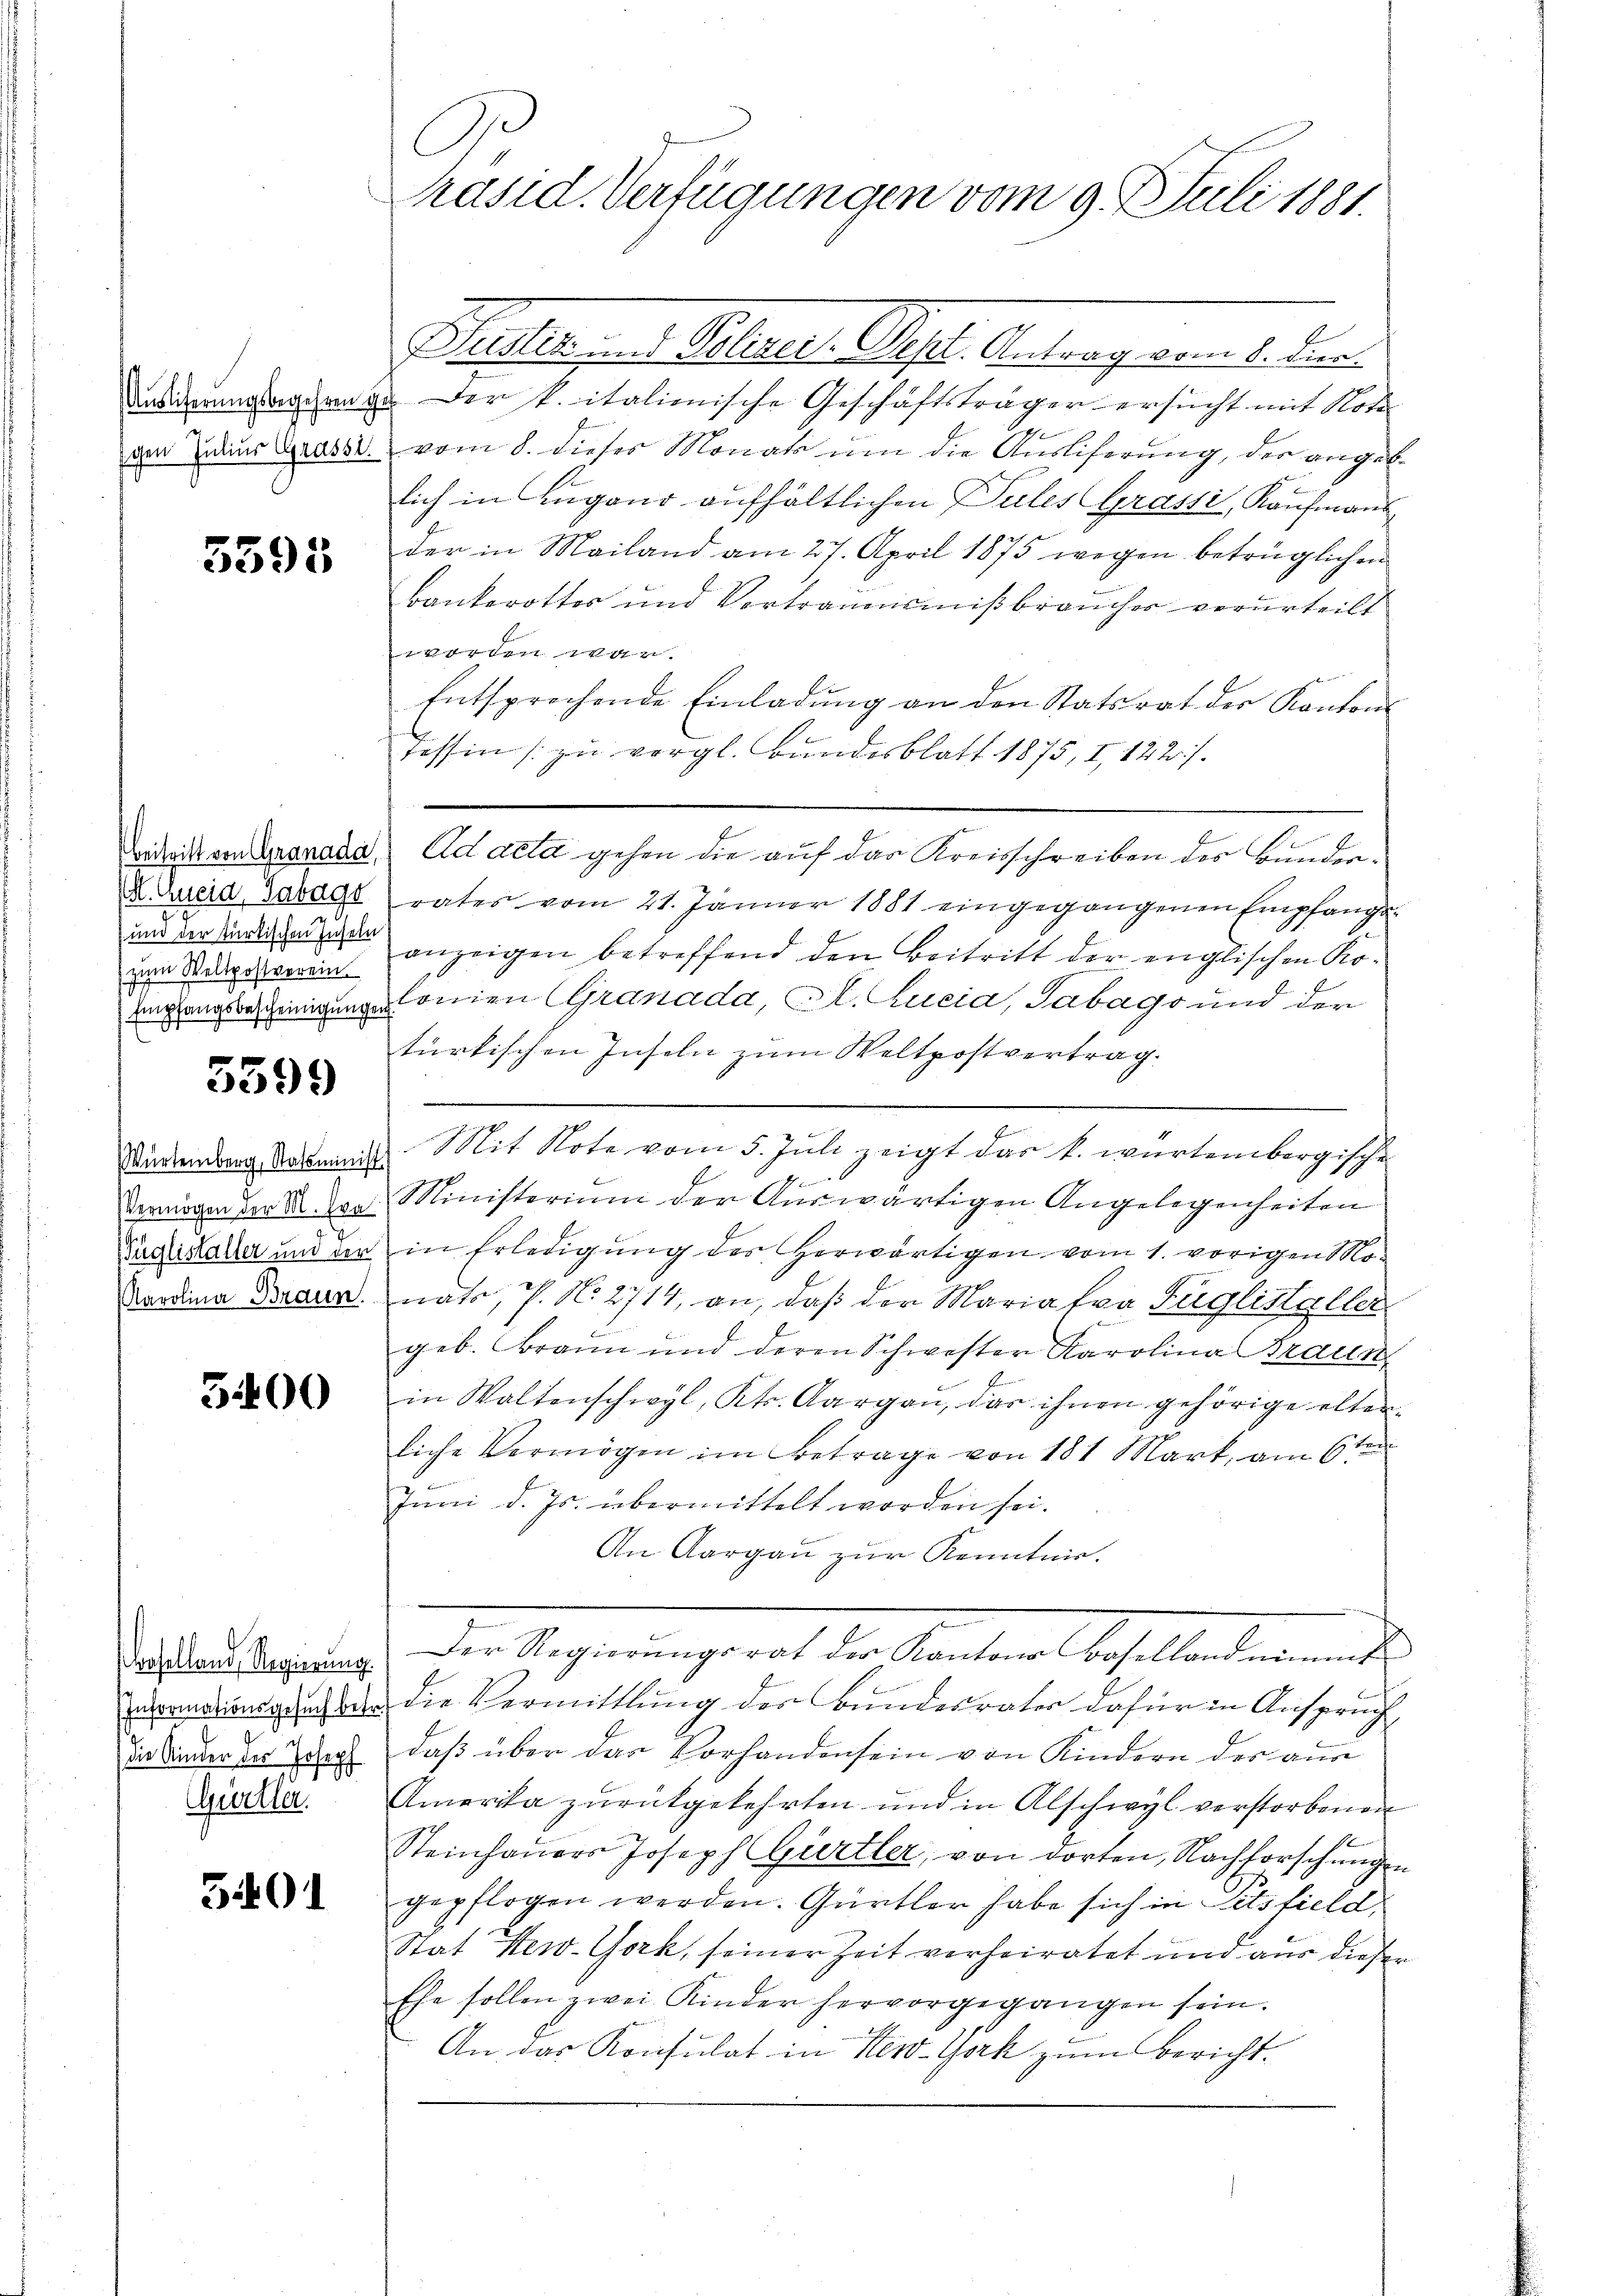
Auslicherungsbegehren g
schen Julius Grassi

3595

M. Aucid, Gabage
d
und der türkischen Inseln
zum Wellpostverein
Empfangsbescheinigungen

5399

Würtemberg, Statsminist
Vermögen der M. Eva
Füglistalter und der
Karolina Braun.

3400

Proselland, Regierung.
die Kinder des Joseph
Gürtler.

3401

C
Präsid. Verfügungen vom 9. Juli 1881.

worden war.
Tessin zŭ vergl. Bundesblatt 1875, I, 122).
Bideck von Granada ad acta gehen die auf das Kreisschreiben des Bunder¬

Malle ses Gelegt. Sept. Antrag vom 1. die
 Der k. italienische Geschäftsträger ersucht mit Nota
vom 8. dieses Monats um die Ausliferung, der angeb
lich in Lugano aufhältlichen Pules Grassi, Kaufmann
der in Mailand am 27. April 1875 wegen betrüglichen
kankerotter und Vortrauensmißbrauches verurteilt
Entsprechende Einladung an den Statsrat der Kanton
rates vom 21. Jänner 1881 eingegangenen Empfangsanzeigen betreffend den Beitritt der englischen Kolonien (Granada, A. Lucia, Sabags und der
türkischen Inseln zum Weltpostvertrag.

Mit Note vom 5. Jŭli zeigt das k. würtembergische
Ministerium der Auswärtigen Angelegenheiten
in Erledigung des herwärtigen vom 1. vorigen Nonato, P. No. 2714, an, daß der Mariatva Züglistaller
geb. Brann und deren Schwester Karolina Braun
E
in Waltenschwyl, Kts. Aargau, das ihnen gehörige alten
liche Vermögen im Betrage von 181 Mart, am 6ten
Inni d. Js. übermittelt worden sei.
An Aargau zur Kenntnis.
Der Regierŭngsrat der Kantons Baselland nimmt
vormatinigung der die Vermittlung der Bundesrates dafür in Anspruch
daß über das Vorhandensein von Kindern des aus
Amerika zurückgekehrten und in Abschwyl verstorbenen
Steinhauers Joseph Gürtler, von dorten, Nachforschungen
gepflogen werden. Gürtler habe sich in Titsfield
Stat New-York, seiner Zeit verheiratet und aus diesen
Ehe sollen zwei Kinder hervorgegangen sein.
An das Konsulat in New-York zum Bericht¬